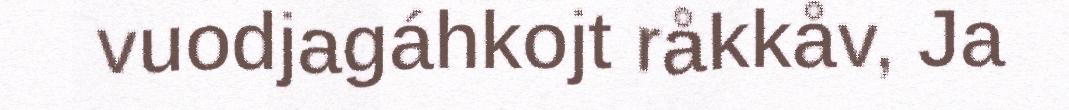
vuodjagáhkojt råkkåv, Ja